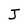
Character: J